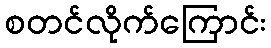
စတင်လိုက်ကြောင်း